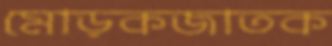
মোড়কজাতক